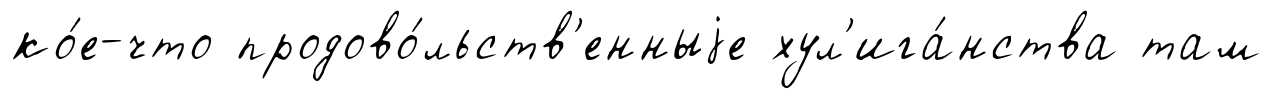
ко́е-что продово́льств'енныjе хул'ига́нства там